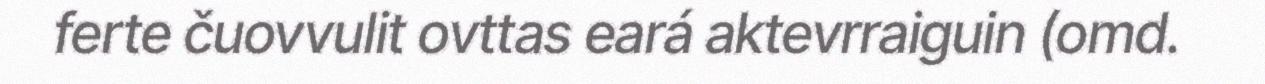
ferte čuovvulit ovttas eará aktevrraiguin (omd.